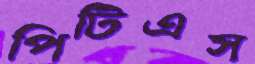
পিটিএস